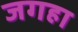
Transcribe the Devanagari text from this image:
जगहा